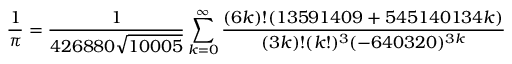
{ \frac { 1 } { \pi } } = { \frac { 1 } { 4 2 6 8 8 0 { \sqrt { 1 0 0 0 5 } } } } \sum _ { k = 0 } ^ { \infty } { \frac { ( 6 k ) ! ( 1 3 5 9 1 4 0 9 + 5 4 5 1 4 0 1 3 4 k ) } { ( 3 k ) ! ( k ! ) ^ { 3 } ( - 6 4 0 3 2 0 ) ^ { 3 k } } }